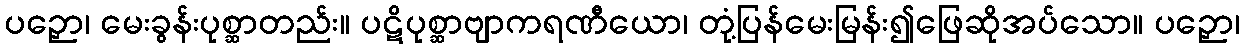
ပဉှော၊ မေးခွန်းပုစ္ဆာတည်း။ ပဋိပုစ္ဆာဗျာကရဏီယော၊ တုံ့ပြန်မေးမြန်း၍ဖြေဆိုအပ်သော။ ပဉှော၊